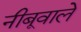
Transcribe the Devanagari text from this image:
नीबूवाले